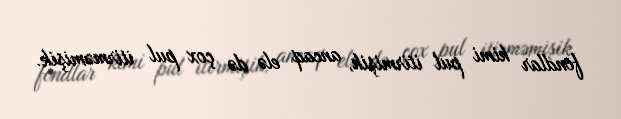
fondlar kimi pul itirmişik, ancaq elə də çox pul itirməmişik.